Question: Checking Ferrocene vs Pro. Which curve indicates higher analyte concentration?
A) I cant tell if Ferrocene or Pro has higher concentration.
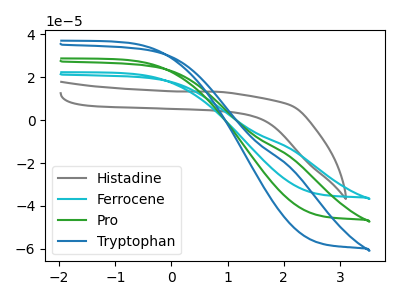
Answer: <think>The gray curve "Histadine" has no peaks. The cyan curve "Ferrocene" has no peaks. The green curve "Pro" has no peaks. The blue curve "Tryptophan" has no peaks.
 Neither "Ferrocene" or "Pro" have any peaks.</think>
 <answer>A) I cant tell if "Ferrocene" or "Pro" has higher concentration.</answer>
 <eval>A</eval>